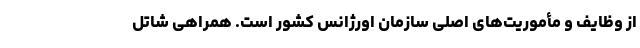
از وظایف و مأموریت‌های اصلی سازمان اورژانس کشور است. همراهی شاتل